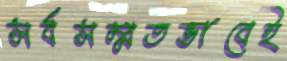
সর্বসম্মতভাবেই